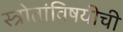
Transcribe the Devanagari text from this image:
स्त्रोतांविषयीची